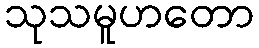
သုသမူဟတော